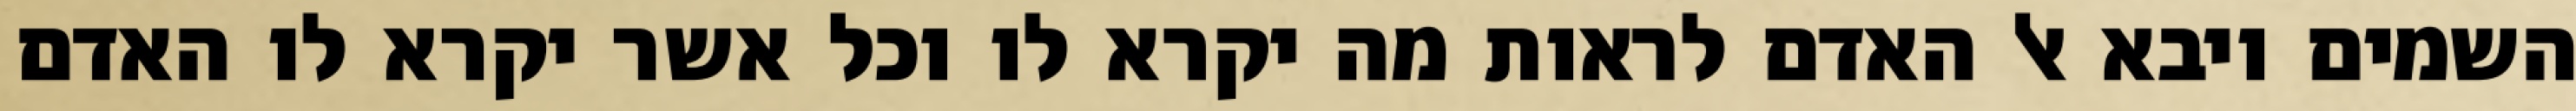
השמים ויבא אל האדם לראות מה יקרא לו וכל אשר יקרא לו האדם